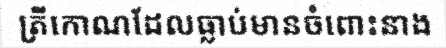
ត្រីកោណដែលធ្លាប់មានចំពោះនាង